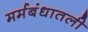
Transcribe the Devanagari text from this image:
मर्मबंधातली